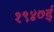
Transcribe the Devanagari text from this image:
१९४७ई